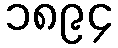
၁၈၉၄